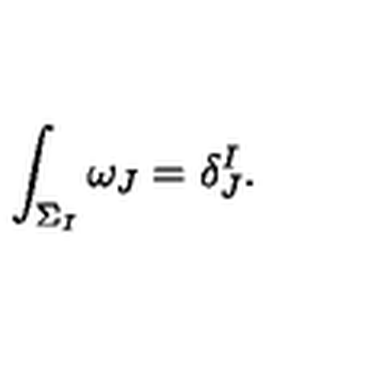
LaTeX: \int _ { \Sigma _ { I } } \omega _ { J } = \delta _ { J } ^ { I } .